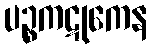
ပဉ္စကဋုကေန